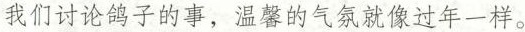
我们讨论鸽子的事，温馨的气氛就像过年一样。